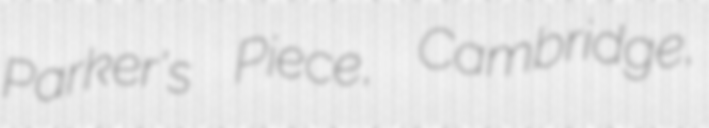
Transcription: Parker's Piece, Cambridge,